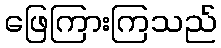
ဖြေကြားကြသည်